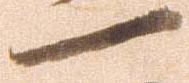
一